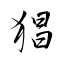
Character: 猖